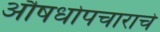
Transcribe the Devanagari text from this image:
औषधोपचाराचे